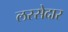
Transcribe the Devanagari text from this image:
लस्सेदार